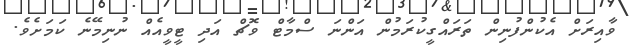
ވާއިރަށް އެކުންފުނިން ތަރައްގީކުރަމުން އަންނަ ސްމާޓް ވޮޗް އަދި ޓީވީއެއް ނުނިމޭނެ ކަމަށެވެ.